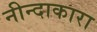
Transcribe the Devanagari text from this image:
नीन्दाकारा